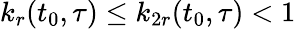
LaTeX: k_{r}(t_{0},\tau)\leq k_{2r}(t_{0},\tau)<1